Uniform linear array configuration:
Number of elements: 32
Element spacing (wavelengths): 0.75
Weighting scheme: hann
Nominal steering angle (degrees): -60
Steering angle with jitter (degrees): -61.807
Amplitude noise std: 0.05
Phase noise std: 0.05

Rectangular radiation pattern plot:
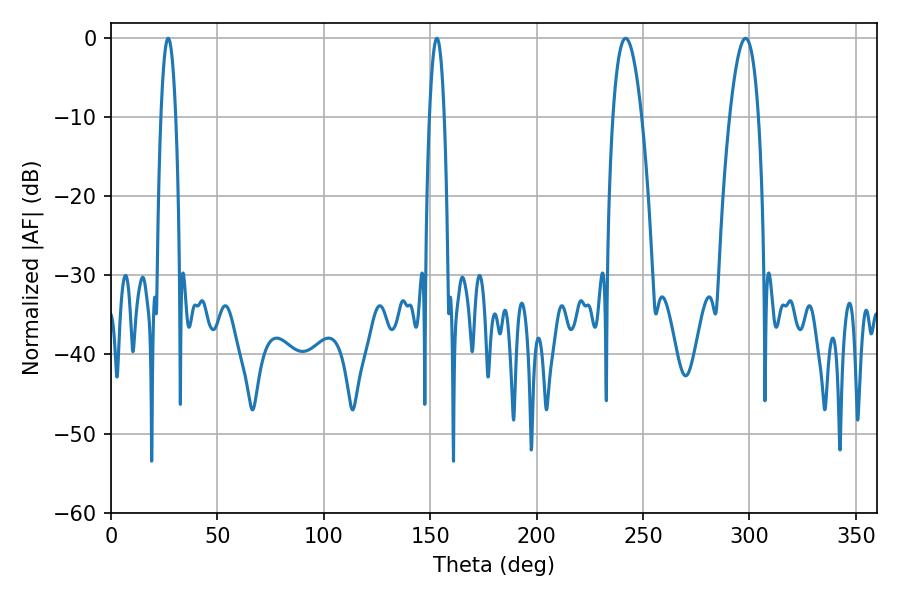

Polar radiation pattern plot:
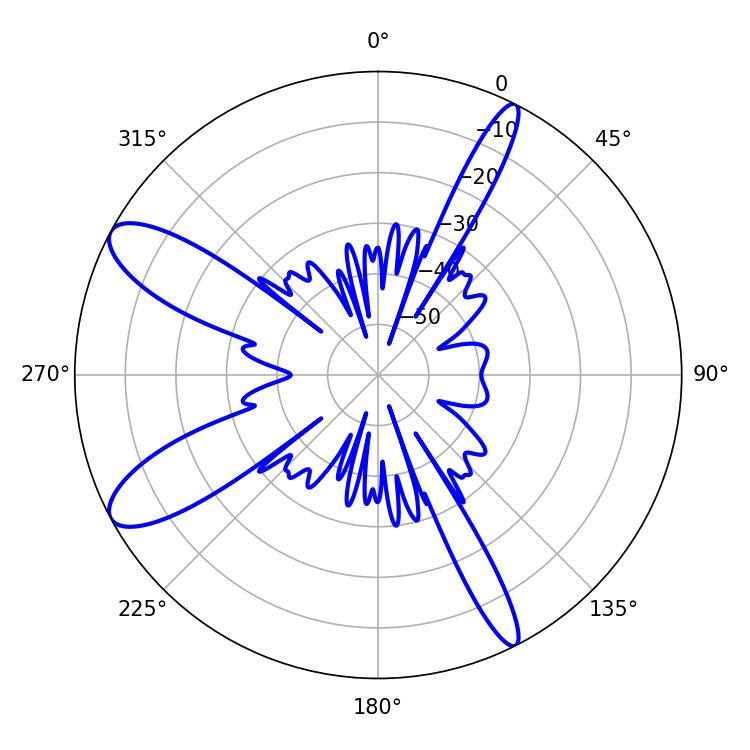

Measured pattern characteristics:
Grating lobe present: TRUE
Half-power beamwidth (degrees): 7.38
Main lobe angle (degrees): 241.74